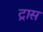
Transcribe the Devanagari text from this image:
ट्रास